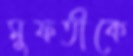
মুফতীকে